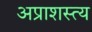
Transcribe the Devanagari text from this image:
अप्राशस्त्य